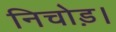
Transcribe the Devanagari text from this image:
निचोड़।